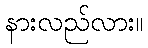
နားလည်လား။